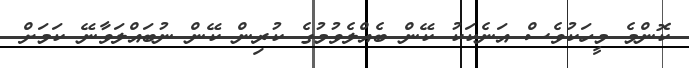
ކޮންމެ މީހަކުވެސް އަނެކަކު ކޭން ބެއްލެވުމުގެ ކުރިން ކޭން ނުބައްލަވާނޭ ކަމަށް